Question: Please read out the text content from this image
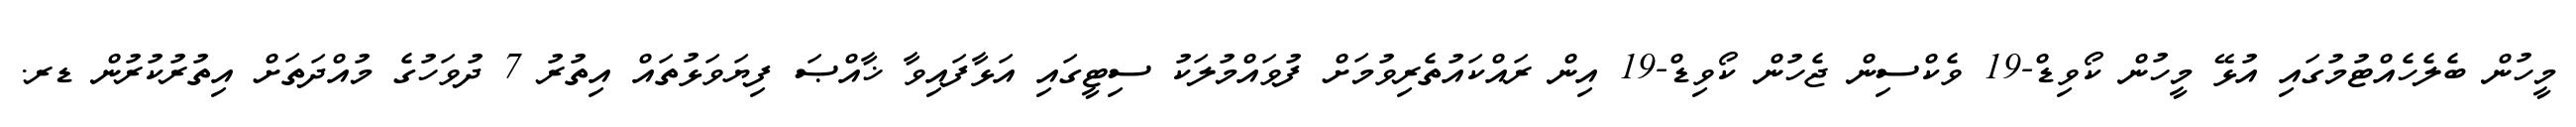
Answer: މީހުން ބެލެހެއްޓުމުގައި އުޅޭ މީހުން ކޯވިޑް-19 ވެކްސިން ޖެހުން ކޯވިޑް-19 އިން ރައްކައުތެރިވުމަށް ފުވައްމުލަކު ސިޓީގައި އަޅާފައިވާ ޚާއްޞަ ފިޔަވަޅުތައް އިތުރު 7 ދުވަހުގެ މުއްދަތަށް އިތުރުކުރުން ޑރ.